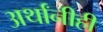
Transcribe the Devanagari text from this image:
अर्थांनीही